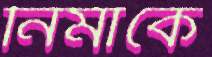
নিমাকে